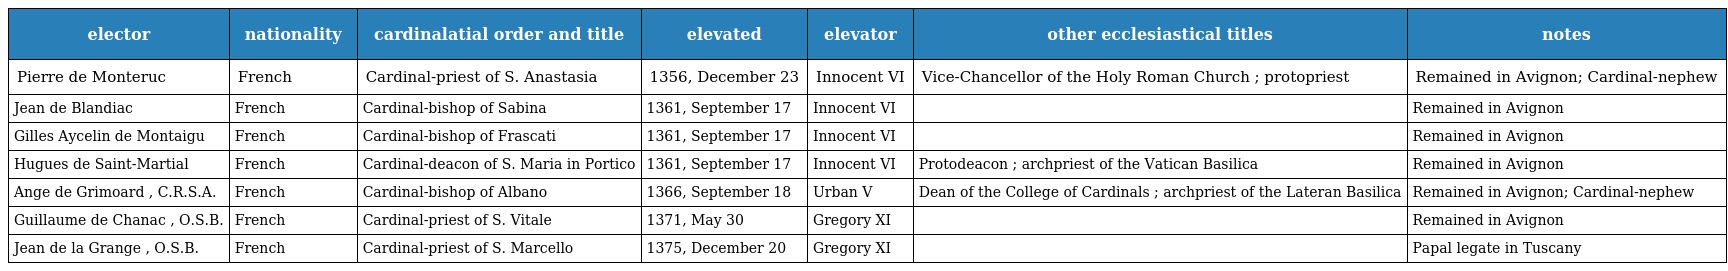
| elector | nationality | cardinalatial order and title | elevated | elevator | other ecclesiastical titles | notes |
 | --- | --- | --- | --- | --- | --- | --- |
 | Pierre de Monteruc | French | Cardinal-priest of S. Anastasia | 1356, December 23 | Innocent VI | Vice-Chancellor of the Holy Roman Church ; protopriest | Remained in Avignon; Cardinal-nephew |
 | Jean de Blandiac | French | Cardinal-bishop of Sabina | 1361, September 17 | Innocent VI |  | Remained in Avignon |
 | Gilles Aycelin de Montaigu | French | Cardinal-bishop of Frascati | 1361, September 17 | Innocent VI |  | Remained in Avignon |
 | Hugues de Saint-Martial | French | Cardinal-deacon of S. Maria in Portico | 1361, September 17 | Innocent VI | Protodeacon ; archpriest of the Vatican Basilica | Remained in Avignon |
 | Ange de Grimoard , C.R.S.A. | French | Cardinal-bishop of Albano | 1366, September 18 | Urban V | Dean of the College of Cardinals ; archpriest of the Lateran Basilica | Remained in Avignon; Cardinal-nephew |
 | Guillaume de Chanac , O.S.B. | French | Cardinal-priest of S. Vitale | 1371, May 30 | Gregory XI |  | Remained in Avignon |
 | Jean de la Grange , O.S.B. | French | Cardinal-priest of S. Marcello | 1375, December 20 | Gregory XI |  | Papal legate in Tuscany |